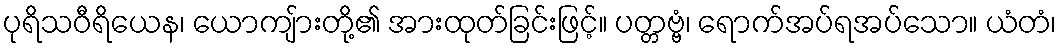
ပုရိသဝီရိယေန၊ ယောကျ်ားတို့၏ အားထုတ်ခြင်းဖြင့်။ ပတ္တဗ္ဗံ၊ ရောက်အပ်ရအပ်သော။ ယံတံ၊